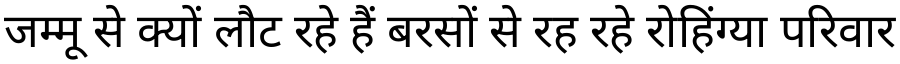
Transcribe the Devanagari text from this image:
जम्मू से क्यों लौट रहे हैं बरसों से रह रहे रोहिंग्या परिवार